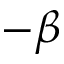
- \beta